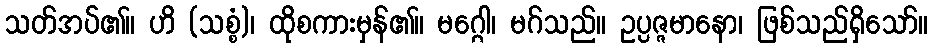
သတ်အပ်၏။ ဟိ (သစ္စံ)၊ ထိုစကားမှန်၏။ မဂ္ဂေါ၊ မဂ်သည်။ ဥပ္ပဇ္ဇမာနော၊ ဖြစ်သည်ရှိသော်။